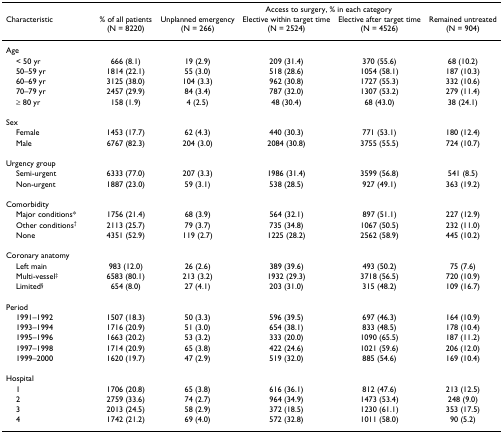
<table><thead><tr><td></td><td></td><td colspan="4"><b>Access to surgery, % in each category</b></td></tr><tr><td><b>Characteristic</b></td><td><b>% of all patients (N = 8220)</b></td><td><b>Unplannedemergency(N = 266)</b></td><td><b>Elective withintarget time(N = 2524)</b></td><td><b>Elective aftertarget time (N = 4526)</b></td><td><b>Remaineduntreated(N = 904)</b></td></tr></thead><tbody><tr><td>Age</td><td></td><td></td><td></td><td></td><td></td></tr><tr><td> &lt; 50 yr</td><td>666 (8.1)</td><td>19 (2.9)</td><td>209 (31.4)</td><td>370 (55.6)</td><td>68 (10.2)</td></tr><tr><td> 50–59 yr</td><td>1814 (22.1)</td><td>55 (3.0)</td><td>518 (28.6)</td><td>1054 (58.1)</td><td>187 (10.3)</td></tr><tr><td> 60–69 yr</td><td>3125 (38.0)</td><td>104 (3.3)</td><td>962 (30.8)</td><td>1727 (55.3)</td><td>332 (10.6)</td></tr><tr><td> 70–79 yr</td><td>2457 (29.9)</td><td>84 (3.4)</td><td>787 (32.0)</td><td>1307 (53.2)</td><td>279 (11.4)</td></tr><tr><td> ≥ 80 yr</td><td>158 (1.9)</td><td>4 (2.5)</td><td>48 (30.4)</td><td>68 (43.0)</td><td>38 (24.1)</td></tr><tr><td>Sex</td><td></td><td></td><td></td><td></td><td></td></tr><tr><td> Female</td><td>1453 (17.7)</td><td>62 (4.3)</td><td>440 (30.3)</td><td>771 (53.1)</td><td>180 (12.4)</td></tr><tr><td> Male</td><td>6767 (82.3)</td><td>204 (3.0)</td><td>2084 (30.8)</td><td>3755 (55.5)</td><td>724 (10.7)</td></tr><tr><td>Urgency group</td><td></td><td></td><td></td><td></td><td></td></tr><tr><td> Semi-urgent</td><td>6333 (77.0)</td><td>207 (3.3)</td><td>1986 (31.4)</td><td>3599 (56.8)</td><td>541 (8.5)</td></tr><tr><td> Non-urgent</td><td>1887 (23.0)</td><td>59 (3.1)</td><td>538 (28.5)</td><td>927 (49.1)</td><td>363 (19.2)</td></tr><tr><td>Comorbidity</td><td></td><td></td><td></td><td></td><td></td></tr><tr><td> Major conditions*</td><td>1756 (21.4)</td><td>68 (3.9)</td><td>564 (32.1)</td><td>897 (51.1)</td><td>227 (12.9)</td></tr><tr><td> Other conditions<sup>†</sup></td><td>2113 (25.7)</td><td>79 (3.7)</td><td>735 (34.8)</td><td>1067 (50.5)</td><td>232 (11.0)</td></tr><tr><td> None</td><td>4351 (52.9)</td><td>119 (2.7)</td><td>1225 (28.2)</td><td>2562 (58.9)</td><td>445 (10.2)</td></tr><tr><td>Coronary anatomy</td><td></td><td></td><td></td><td></td><td></td></tr><tr><td> Left main</td><td>983 (12.0)</td><td>26 (2.6)</td><td>389 (39.6)</td><td>493 (50.2)</td><td>75 (7.6)</td></tr><tr><td> Multi-vessel<sup>‡</sup></td><td>6583 (80.1)</td><td>213 (3.2)</td><td>1932 (29.3)</td><td>3718 (56.5)</td><td>720 (10.9)</td></tr><tr><td> Limited<sup>§</sup></td><td>654 (8.0)</td><td>27 (4.1)</td><td>203 (31.0)</td><td>315 (48.2)</td><td>109 (16.7)</td></tr><tr><td>Period</td><td></td><td></td><td></td><td></td><td></td></tr><tr><td> 1991–1992</td><td>1507 (18.3)</td><td>50 (3.3)</td><td>596 (39.5)</td><td>697 (46.3)</td><td>164 (10.9)</td></tr><tr><td> 1993–1994</td><td>1716 (20.9)</td><td>51 (3.0)</td><td>654 (38.1)</td><td>833 (48.5)</td><td>178 (10.4)</td></tr><tr><td> 1995–1996</td><td>1663 (20.2)</td><td>53 (3.2)</td><td>333 (20.0)</td><td>1090 (65.5)</td><td>187 (11.2)</td></tr><tr><td> 1997–1998</td><td>1714 (20.9)</td><td>65 (3.8)</td><td>422 (24.6)</td><td>1021 (59.6)</td><td>206 (12.0)</td></tr><tr><td> 1999–2000</td><td>1620 (19.7)</td><td>47 (2.9)</td><td>519 (32.0)</td><td>885 (54.6)</td><td>169 (10.4)</td></tr><tr><td>Hospital</td><td></td><td></td><td></td><td></td><td></td></tr><tr><td> 1</td><td>1706 (20.8)</td><td>65 (3.8)</td><td>616 (36.1)</td><td>812 (47.6)</td><td>213 (12.5)</td></tr><tr><td> 2</td><td>2759 (33.6)</td><td>74 (2.7)</td><td>964 (34.9)</td><td>1473 (53.4)</td><td>248 (9.0)</td></tr><tr><td> 3</td><td>2013 (24.5)</td><td>58 (2.9)</td><td>372 (18.5)</td><td>1230 (61.1)</td><td>353 (17.5)</td></tr><tr><td> 4</td><td>1742 (21.2)</td><td>69 (4.0)</td><td>572 (32.8)</td><td>1011 (58.0)</td><td>90 (5.2)</td></tr></tbody></table>